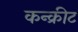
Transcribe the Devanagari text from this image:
कन्क्रीट